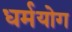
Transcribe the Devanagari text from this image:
धर्मयोग